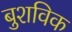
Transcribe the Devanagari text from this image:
बुशविक